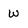
Character: w